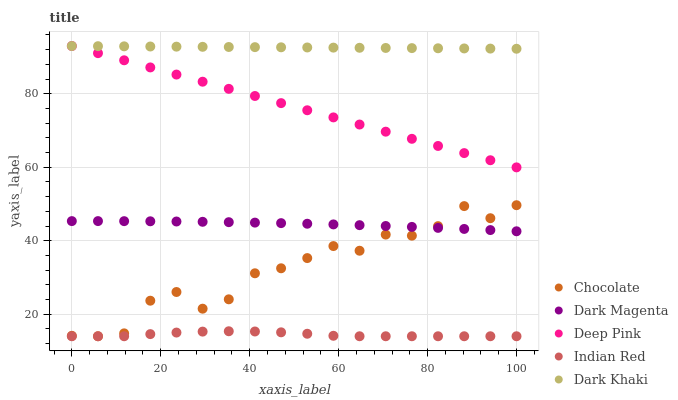
| xaxis_label | Chocolate | Dark Magenta | Deep Pink | Indian Red | Dark Khaki |
 | --- | --- | --- | --- | --- | --- |
 | 0 | 14.1 | 45.3 | 93 | 14 | 93 |
 | 5.88 | 14 | 45.3 | 91.1 | 14 | 93 |
 | 11.8 | 14.8 | 45.3 | 89.1 | 14 | 92.9 |
 | 17.6 | 23.7 | 45.3 | 87.2 | 14.6 | 92.9 |
 | 23.5 | 26 | 45.2 | 85.2 | 15 | 92.8 |
 | 29.4 | 21.5 | 45.2 | 83.3 | 15.3 | 92.8 |
 | 35.3 | 24.1 | 45.1 | 81.3 | 15.4 | 92.7 |
 | 41.2 | 31.1 | 44.9 | 79.4 | 15.3 | 92.7 |
 | 47.1 | 32.5 | 44.8 | 77.5 | 15.1 | 92.6 |
 | 52.9 | 35.3 | 44.6 | 75.5 | 14.7 | 92.6 |
 | 58.8 | 38.5 | 44.4 | 73.6 | 14.1 | 92.6 |
 | 64.7 | 37.3 | 44.2 | 71.6 | 14 | 92.5 |
 | 70.6 | 41.7 | 44 | 69.7 | 14 | 92.5 |
 | 76.5 | 41.4 | 43.8 | 67.7 | 14 | 92.4 |
 | 82.4 | 44 | 43.5 | 65.8 | 14 | 92.4 |
 | 88.2 | 49.4 | 43.2 | 63.9 | 14 | 92.3 |
 | 94.1 | 46.1 | 42.9 | 61.9 | 14 | 92.3 |
 | 100 | 49.7 | 42.6 | 60 | 14 | 92.3 |